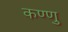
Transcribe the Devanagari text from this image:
कण्णु